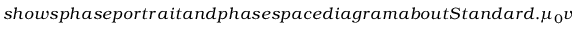
s h o w s p h a s e p o r t r a i t a n d p h a s e s p a c e d i a g r a m a b o u t S t a n d a r d . \mu _ { 0 } v a l u e s a r e r e p r e s e n t e d b y t h e c o l o r b a r a t t h e r i g h t - h a n d s i d e . F i g u r e